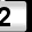
Digit: 2